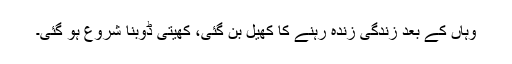
وہاں کے بعد زندگی زندہ رہنے کا کھیل بن گئی، کھیتی ڈوبنا شروع ہو گئی۔